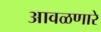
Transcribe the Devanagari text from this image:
आवळणारे